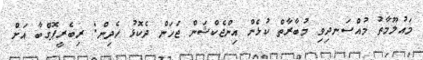
މައުލޫމާތު މުއްސަނދިވި މުބާރާތް ކުޅެން އިންޖެކްޝަން ޖަހަން ދެކޮޅު ހެދިން: ރިބެރީޕޮގްބާ އަށް